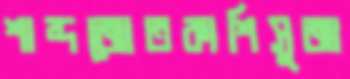
শাব্দজোতকাশিসুজা